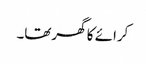
کرائے کا گھرتھا۔